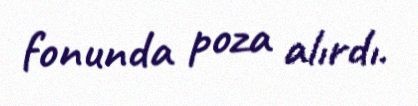
fonunda poza alırdı.